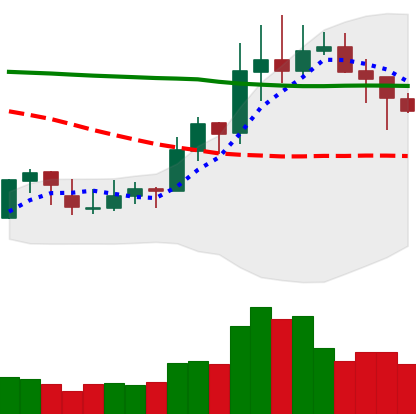
Ticker: XLM-USD
Chart end date: 2020-01-25
Forward return: 9.222%
Label: up_7plus